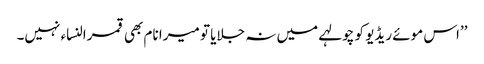
’’اس موئے ریڈیو کو چولہے میں نہ جلایا تو میرا نام بھی قمرالنساء نہیں۔